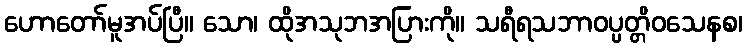
ဟောတော်မူအပ်ပြီ။ သော၊ ထိုအသုဘအပြားကို။ သရီရသဘာဝပ္ပတ္တိဝသေနစ၊